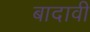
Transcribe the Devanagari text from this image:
बादावी